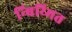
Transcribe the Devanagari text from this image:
न्बिय्मित